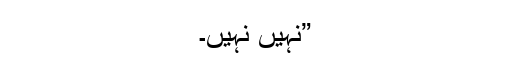
”نہیں نہیں۔